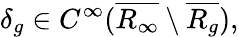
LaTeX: \delta_{g}\in C^{\infty}(\overline{{R_{\infty}}}\setminus\overline{{R_{g}}}),